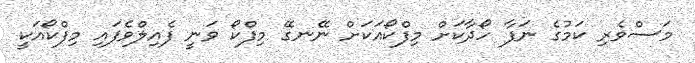
މަސްވެރި ކަމުގެ ނަފާ ހޯދާކަށް މިފްކޯއަކަށް ނޭނގޭ މިފްކޯ ވަނީ ފެއިލްވެފައި މިފްކޯއަކީ